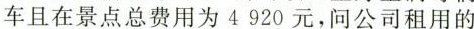
车且在景点总费用为4920元，问公司租用的